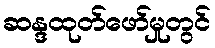
ဆန္ဒထုတ်ဖော်မှုတွင်